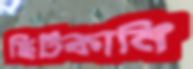
ছিটকানি